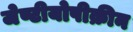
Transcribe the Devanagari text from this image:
जेण्टीयोपीक्रीन